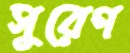
সুরেণ